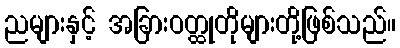
ညများနှင့် အခြားဝတ္ထုတိုများတို့ဖြစ်သည်။